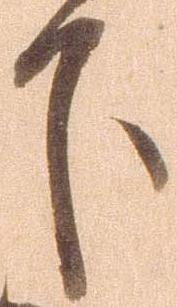
下